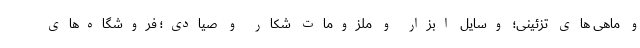
و ماهی های تزئینی؛ وسایل ابزار و ملزومات شکار و صیادی؛ فروشگاه‌های